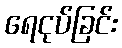
ရေငုပ်ခြင်း